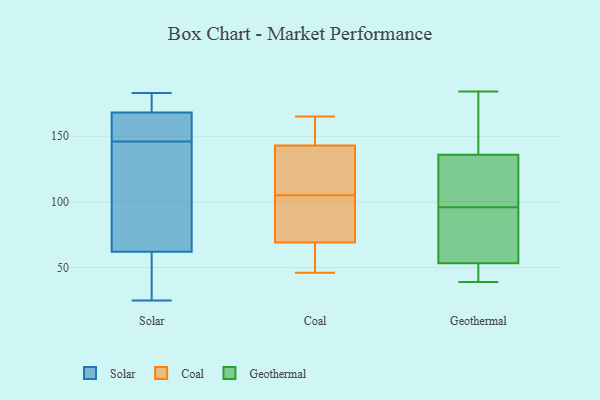
{"axis": {"x": "Gross Profit (USD K)", "y": "Value"}, "legend": ["Coal", "Geothermal", "Solar"], "data": [{"x": "", "y": 168, "type": "Solar"}, {"x": "", "y": 108, "type": "Solar"}, {"x": "", "y": 153, "type": "Solar"}, {"x": "", "y": 25, "type": "Solar"}, {"x": "", "y": 139, "type": "Solar"}, {"x": "", "y": 168, "type": "Solar"}, {"x": "", "y": 25, "type": "Solar"}, {"x": "", "y": 62, "type": "Solar"}, {"x": "", "y": 183, "type": "Solar"}, {"x": "", "y": 153, "type": "Solar"}, {"x": "", "y": 116, "type": "Coal"}, {"x": "", "y": 150, "type": "Coal"}, {"x": "", "y": 94, "type": "Coal"}, {"x": "", "y": 117, "type": "Coal"}, {"x": "", "y": 143, "type": "Coal"}, {"x": "", "y": 141, "type": "Coal"}, {"x": "", "y": 52, "type": "Coal"}, {"x": "", "y": 69, "type": "Coal"}, {"x": "", "y": 165, "type": "Coal"}, {"x": "", "y": 50, "type": "Coal"}, {"x": "", "y": 76, "type": "Coal"}, {"x": "", "y": 148, "type": "Coal"}, {"x": "", "y": 46, "type": "Coal"}, {"x": "", "y": 87, "type": "Coal"}, {"x": "", "y": 137, "type": "Geothermal"}, {"x": "", "y": 183, "type": "Geothermal"}, {"x": "", "y": 43, "type": "Geothermal"}, {"x": "", "y": 146, "type": "Geothermal"}, {"x": "", "y": 95, "type": "Geothermal"}, {"x": "", "y": 99, "type": "Geothermal"}, {"x": "", "y": 43, "type": "Geothermal"}, {"x": "", "y": 69, "type": "Geothermal"}, {"x": "", "y": 48, "type": "Geothermal"}, {"x": "", "y": 96, "type": "Geothermal"}, {"x": "", "y": 118, "type": "Geothermal"}, {"x": "", "y": 90, "type": "Geothermal"}, {"x": "", "y": 88, "type": "Geothermal"}, {"x": "", "y": 184, "type": "Geothermal"}, {"x": "", "y": 181, "type": "Geothermal"}, {"x": "", "y": 96, "type": "Geothermal"}, {"x": "", "y": 133, "type": "Geothermal"}, {"x": "", "y": 39, "type": "Geothermal"}, {"x": "", "y": 42, "type": "Geothermal"}]}